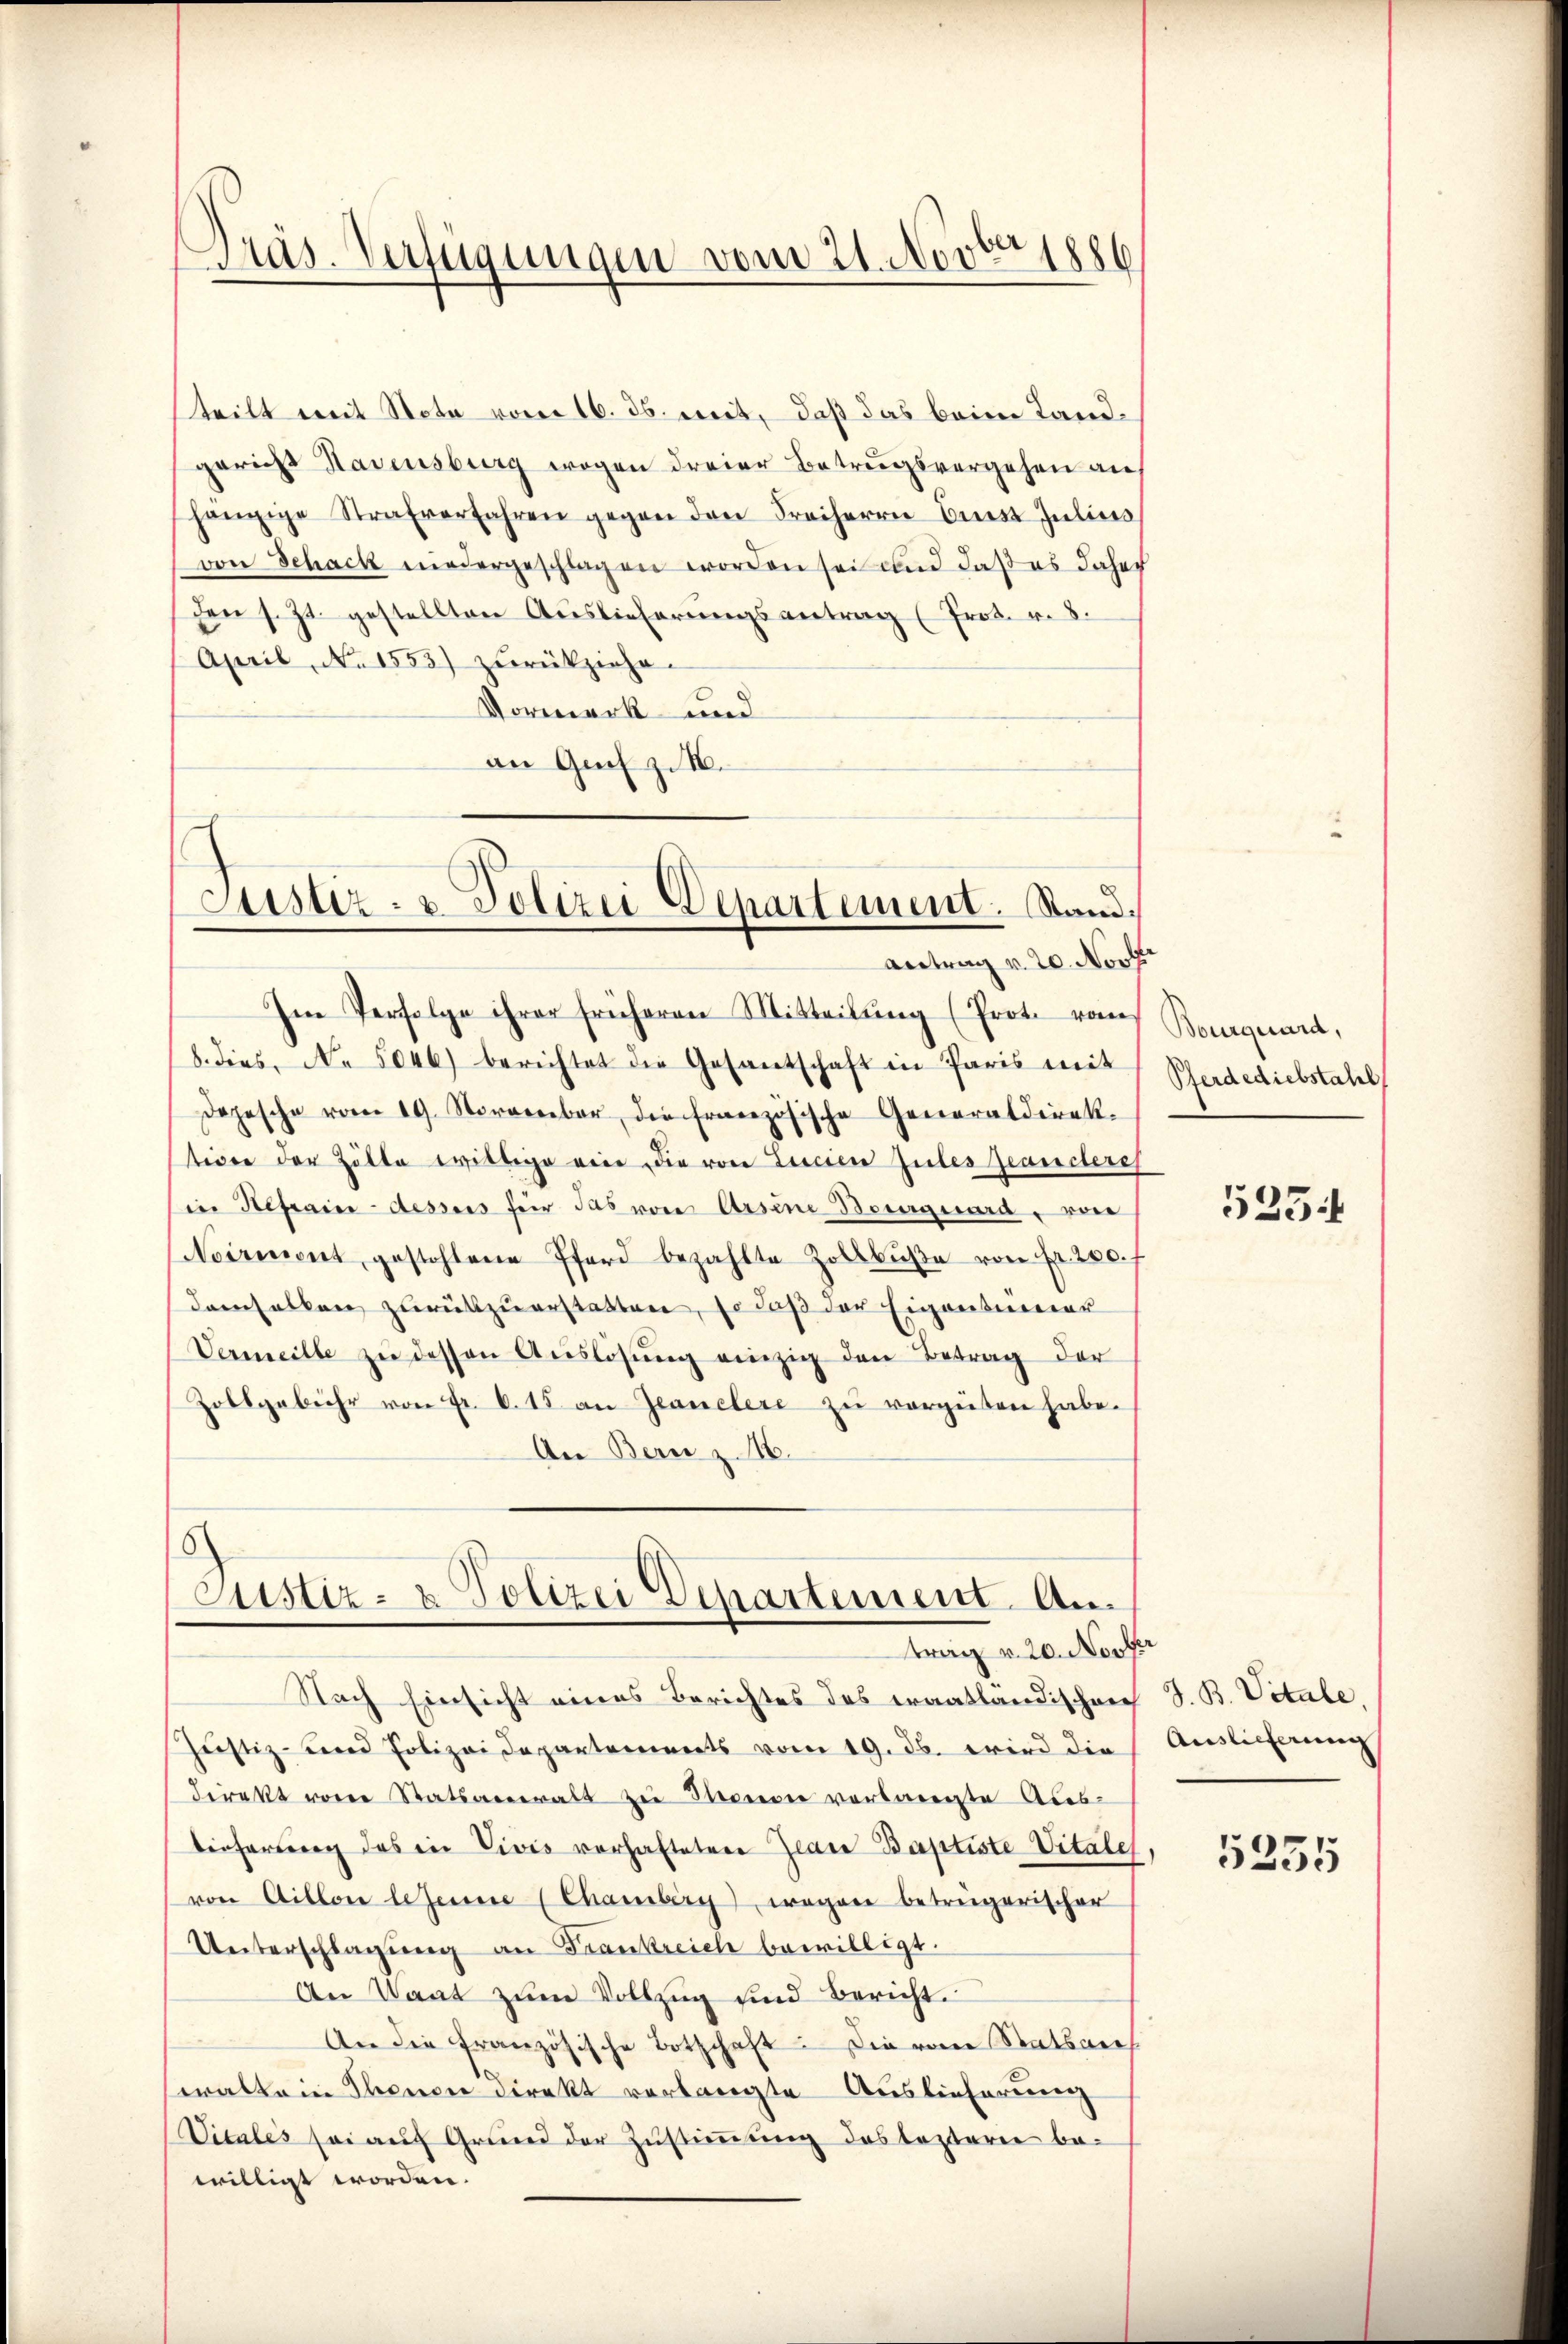
l
Präs. Verfügungen vom 21. Nov. 1886

teilt mit Nota vom 16. ds. mit, daß das beim Landgericht Havensburg wegen dreier Betrugsvergehen an
hängige Strafverfahren gegen den Freiherrn Erst Julius
von Schack niedergeschlagen worden sei und daß es daher
den s. Zt. gestellten Auslieferŭngsantrag (Prot. v. 8.
April, No 1553) zurückziehe.
Vormerk und
an Graf z. B.

Justiz- u. Polizei Departement. Stand.
Antrag u. 20. Nock

Justiz- & Polizei Departement Antrag v. 20. Nover

Im Perfolge ihrer früheren Mitteilŭng (Prote vom
8. dies No. 5046) berichtet die Gesantschaft in Paris mit
Depesche vom 19. November die französische Generaldirektidee der Zölle willige eine die von Licien Zules Jeancheres
in Heprain-dessus für das von Arsine Besorguard, von
Noirment gestohlene Pferd bezahlte Zollbŭβe von Fr. 200.
danhalten zurükzuerstatten, so daß der Eigentumier
Vermeille zŭ dessen Auslösung einzig den Betrag der
Zollgebühr von Fr. 6. 15 an Jeanclere zu vergüten habe.
An Bern z. 16.

Nach Einsicht eines Berichtes des erantländischen J. B. Vitale,
Justiz- und Polizeidepartements vom 19. ds. wird die Auslieferung
direkt von Statsanwalt zu Thonon verlangte Ales-
lieferung das in Vivis vorhafteten Jean Baptiste Vitate
von Gillon lesenne (Chamberg) wegen betrügerischer
Unterschlagung an Frankreich bewilligt.
An Staat zŭm Vollzug sind Bericht.
An die französische Botschaft: Die vom Statsarch
wallein Thondre direkt verlangte Auslieferung
Vitales sei auf Grund der Zustimmung des testerie be-
willigt worden.

Bourquard,
Pferdediebstahl

525.

5235